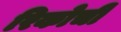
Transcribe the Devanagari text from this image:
रिकोची